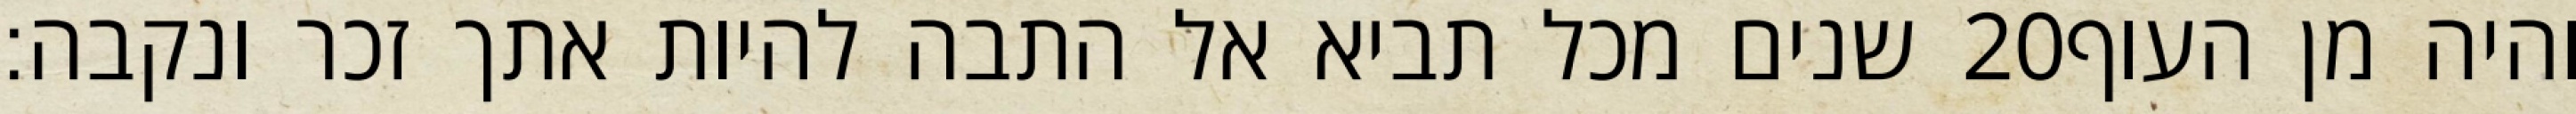
שנים מכל תביא אל התבה להיות אתך זכר ונקבה׃ ‎20‏ והיה מן העוף